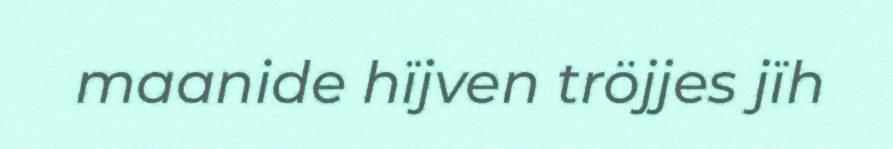
maanide hïjven tröjjes jïh